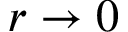
r \to 0